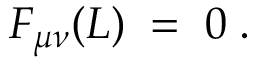
F _ { \mu \nu } ( L ) \; = \; 0 \; .